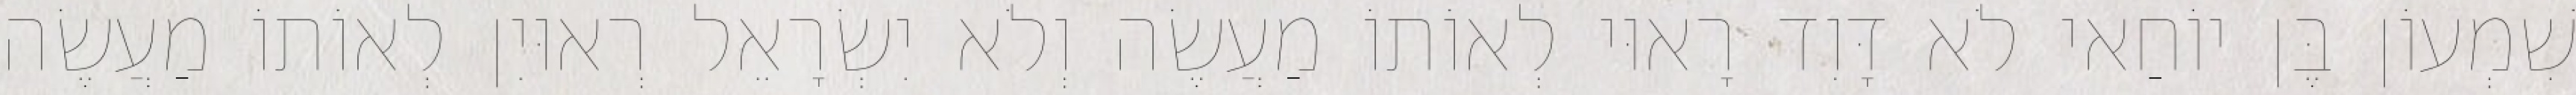
שִׁמְעוֹן בֶּן יוֹחַאי לֹא דָּוִד רָאוּי לְאוֹתוֹ מַעֲשֶׂה וְלֹא יִשְׂרָאֵל רְאוּיִן לְאוֹתוֹ מַעֲשֶׂה